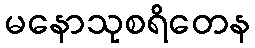
မနောသုစရိတေန